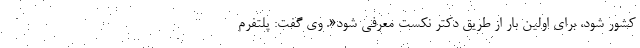
کشور شود، برای اولین بار از طریق دکتر نکست معرفی شود«. وی گفت: پلتفرم